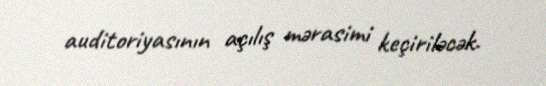
auditoriyasının açılış mərasimi keçiriləcək.